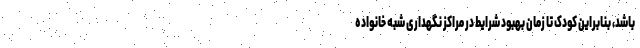
باشد، بنابراین کودک تا زمان بهبود شرایط در مراکز نگهداری شبه خانواده